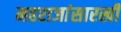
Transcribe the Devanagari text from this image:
महराजांसारखी